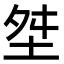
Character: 㘶